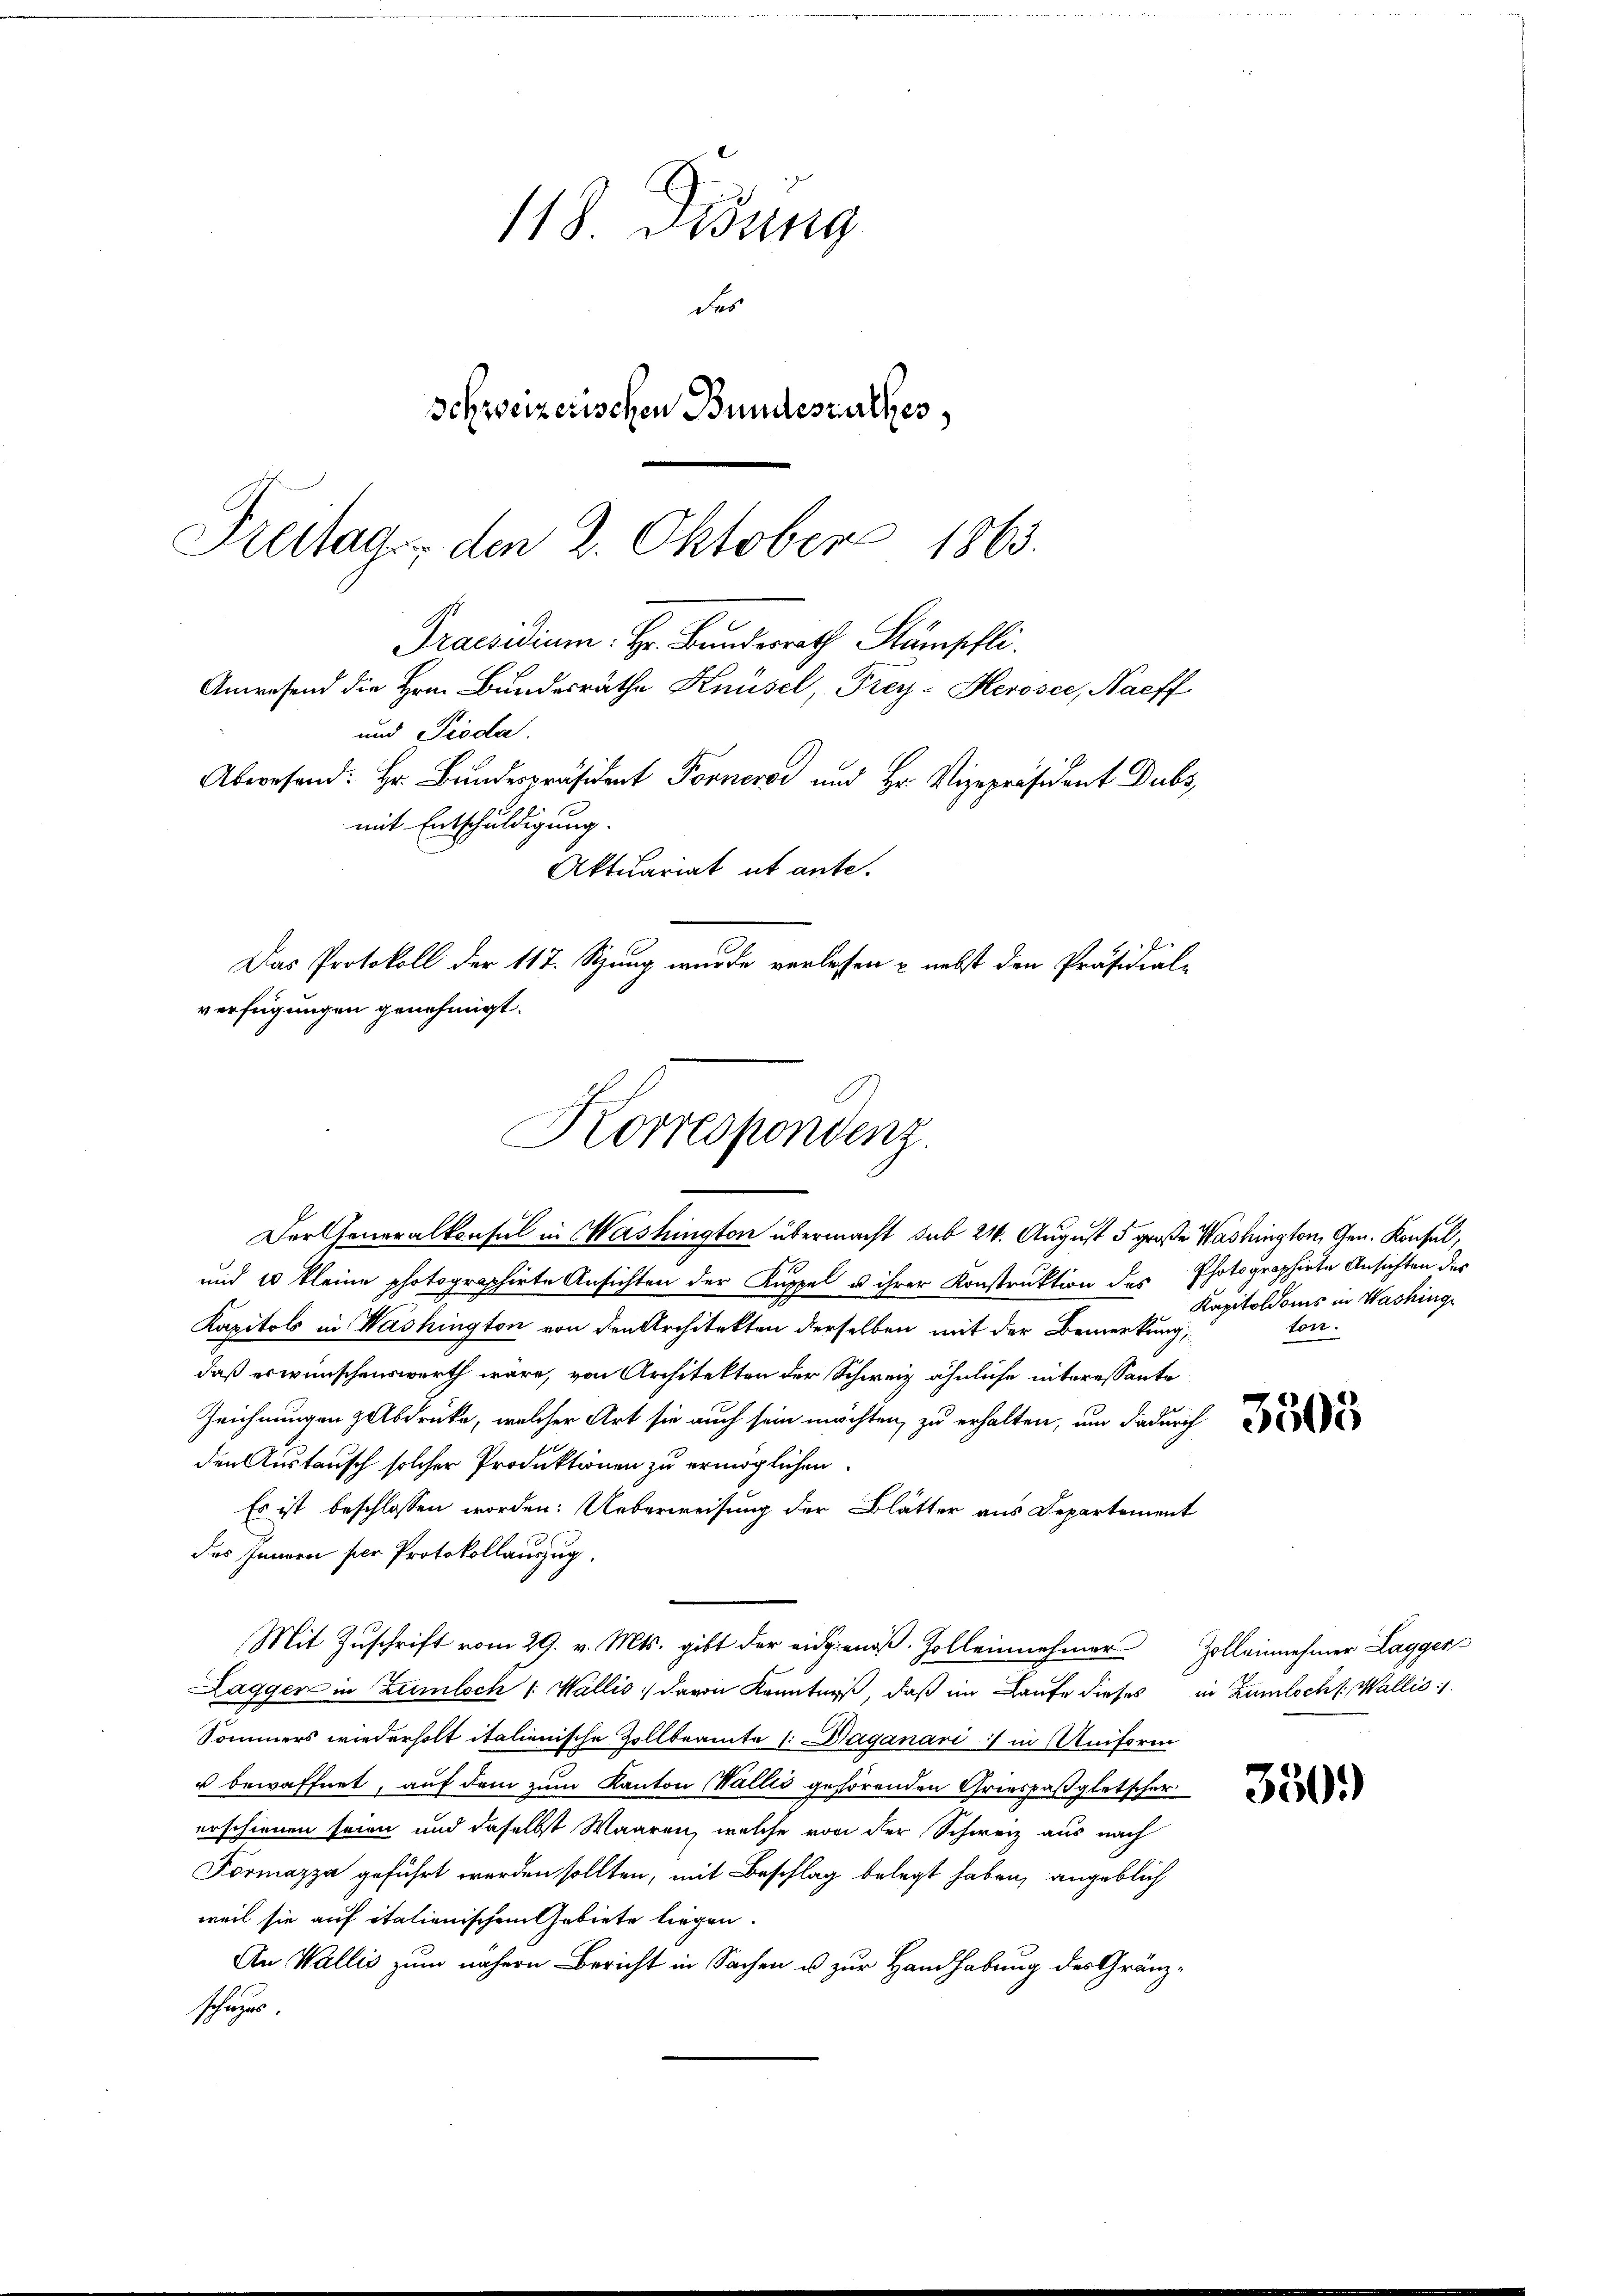
Das Protokoll der 117. Stung wurde verlesen & nebst den Präsidial-

Der Generalkonsul in Washington übermacht sub 24. August 5 große Washington, Gen. Konsul,
und 10 kleine photographirte Ansichten der Kuppel u ihrer Konstruktion des Photographirte Ansichten des
Kapitals in Washington von den Architekten derselben mit der Bemerkung,
daß erwünschenswerth wäre, von Architekten der Schweiz ähnliche interessante
Zeichnungen abdrücke, welcher Art sie auch sein möchten, zu erhalten, um dadurch
den Austausch solcher Produktionen zu ermöglichen.
Es ist beschlossen worden: Ueberweisung der Blätter aus Departement
des Innern per Protokollauszug.
Mit Zuschrift vom 29. v. Mts. gibt der eidgenöß. Zolleinehmer Zolleinnehmer Laggers
Laggen in Zumlich /: Wallis davon Kenntniß, daß im Laufe dieses in Zumlochs. Wallis :/.
Sommers wiederholt italienische Zollbeamte 1. Daganari :/ in Uniform
r bewaffnet, auf dem zum Kanton Wallis gehörenden Griespaßgletscher
erschienen seien und daselbst Waaren, welche von der Schweiz aus nach
Formazza geführt werden sollten, mit Beschlag belegt haben, angeblich
weil sie auf italienischem Gebiete liegen.
An Wallis zum nähern Bericht in Sachen u zur Handhabung des Gränzschüzer.

118 Didung
des
Schweizerischen Bundeszuckes
Freitag, den 2. Oktober 1863.
Praesidium: Hr. Bundesrath Stämpfli
Anwesend die Hrn. Bundesräthe Knüsel, Frey-Heroser, Naeff
und Pioda
Abwesend: Hr. Bundespräsident Forner und Hr. Vizepräsident Dubs,
mit Entschuldigung.
Aktuariat ut ante.

verfügungen genehmigt.
Korrespondenz.

Kapitoloms in Washing
ton.

3503

330.)